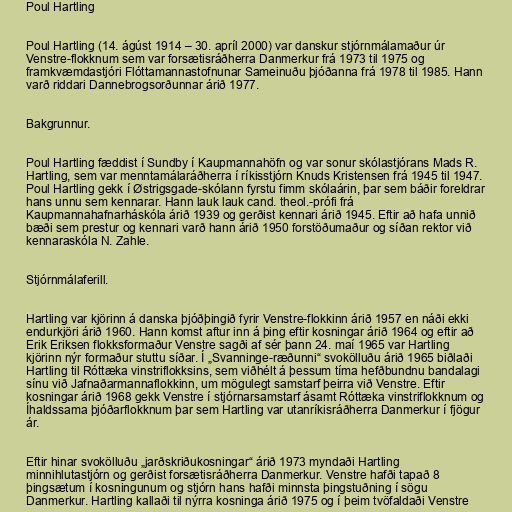
Poul Hartling

Poul Hartling (14. ágúst 1914 – 30. apríl 2000) var danskur stjórnmálamaður úr
Venstre-flokknum sem var forsætisráðherra Danmerkur frá 1973 til 1975 og
framkvæmdastjóri Flóttamannastofnunar Sameinuðu þjóðanna frá 1978 til 1985. Hann
varð riddari Dannebrogsorðunnar árið 1977.

Bakgrunnur.

Poul Hartling fæddist í Sundby í Kaupmannahöfn og var sonur skólastjórans Mads R.
Hartling, sem var menntamálaráðherra í ríkisstjórn Knuds Kristensen frá 1945 til 1947.
Poul Hartling gekk í Østrigsgade-skólann fyrstu fimm skólaárin, þar sem báðir foreldrar
hans unnu sem kennarar. Hann lauk lauk cand. theol.-prófi frá
Kaupmannahafnarháskóla árið 1939 og gerðist kennari árið 1945. Eftir að hafa unnið
bæði sem prestur og kennari varð hann árið 1950 forstöðumaður og síðan rektor við
kennaraskóla N. Zahle.

Stjórnmálaferill.

Hartling var kjörinn á danska þjóðþingið fyrir Venstre-flokkinn árið 1957 en náði ekki
endurkjöri árið 1960. Hann komst aftur inn á þing eftir kosningar árið 1964 og eftir að
Erik Eriksen flokksformaður Venstre sagði af sér þann 24. maí 1965 var Hartling
kjörinn nýr formaður stuttu síðar. Í „Svanninge-ræðunni“ svokölluðu árið 1965 biðlaði
Hartling til Róttæka vinstriflokksins, sem viðhélt á þessum tíma hefðbundnu bandalagi
sínu við Jafnaðarmannaflokkinn, um mögulegt samstarf þeirra við Venstre. Eftir
kosningar árið 1968 gekk Venstre í stjórnarsamstarf ásamt Róttæka vinstriflokknum og
Íhaldssama þjóðarflokknum þar sem Hartling var utanríkisráðherra Danmerkur í fjögur
ár.

Eftir hinar svokölluðu „jarðskriðukosningar“ árið 1973 myndaði Hartling
minnihlutastjórn og gerðist forsætisráðherra Danmerkur. Venstre hafði tapað 8
þingsætum í kosningunum og stjórn hans hafði minnsta þingstuðning í sögu
Danmerkur. Hartling kallaði til nýrra kosninga árið 1975 og í þeim tvöfaldaði Venstre